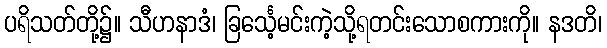
ပရိသတ်တို့၌။ သီဟနာဒံ၊ ခြင်္သေ့မင်းကဲ့သို့ရတင်းသောစကားကို။ နဒတိ၊